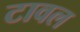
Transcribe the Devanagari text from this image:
टावल